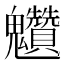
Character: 𩵆